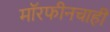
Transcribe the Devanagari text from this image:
मॉरफीनचाही